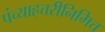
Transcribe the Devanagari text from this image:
पंच्याहत्तरीनिमित्त